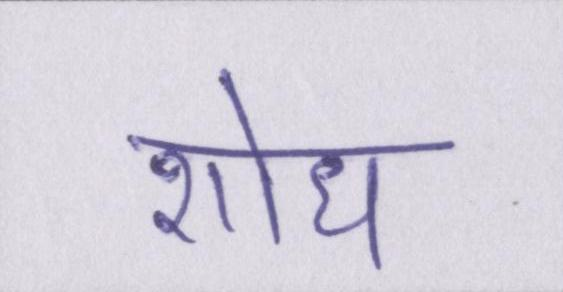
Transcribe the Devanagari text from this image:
शोध